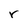
Character: r